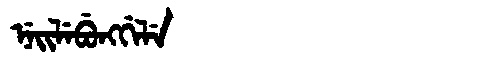
Manchu: ᠨᡝᡳᠯᡝᠪᡠᠩᡤᡝᠯᡝ
Romanization: NEILEBUNGGELE